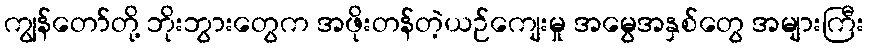
ကျွန်တော်တို့ ဘိုးဘွားတွေက အဖိုးတန်တဲ့ယဉ်ကျေးမှု အမွေအနှစ်တွေ အများကြီး